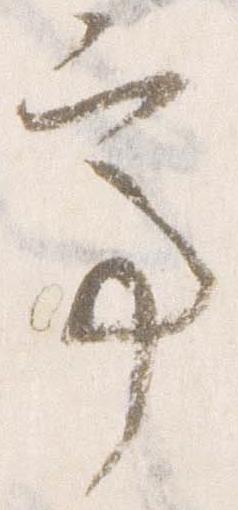
亭